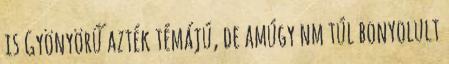
is Gyönyörű azték témájú, de amúgy nm túl bonyolult